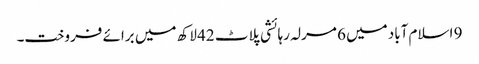
9 اسلام آباد میں 6 مرلہ رہائشی پلاٹ 42 لاکھ میں برائے فروخت۔